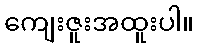
ကျေးဇူးအထူးပါ။